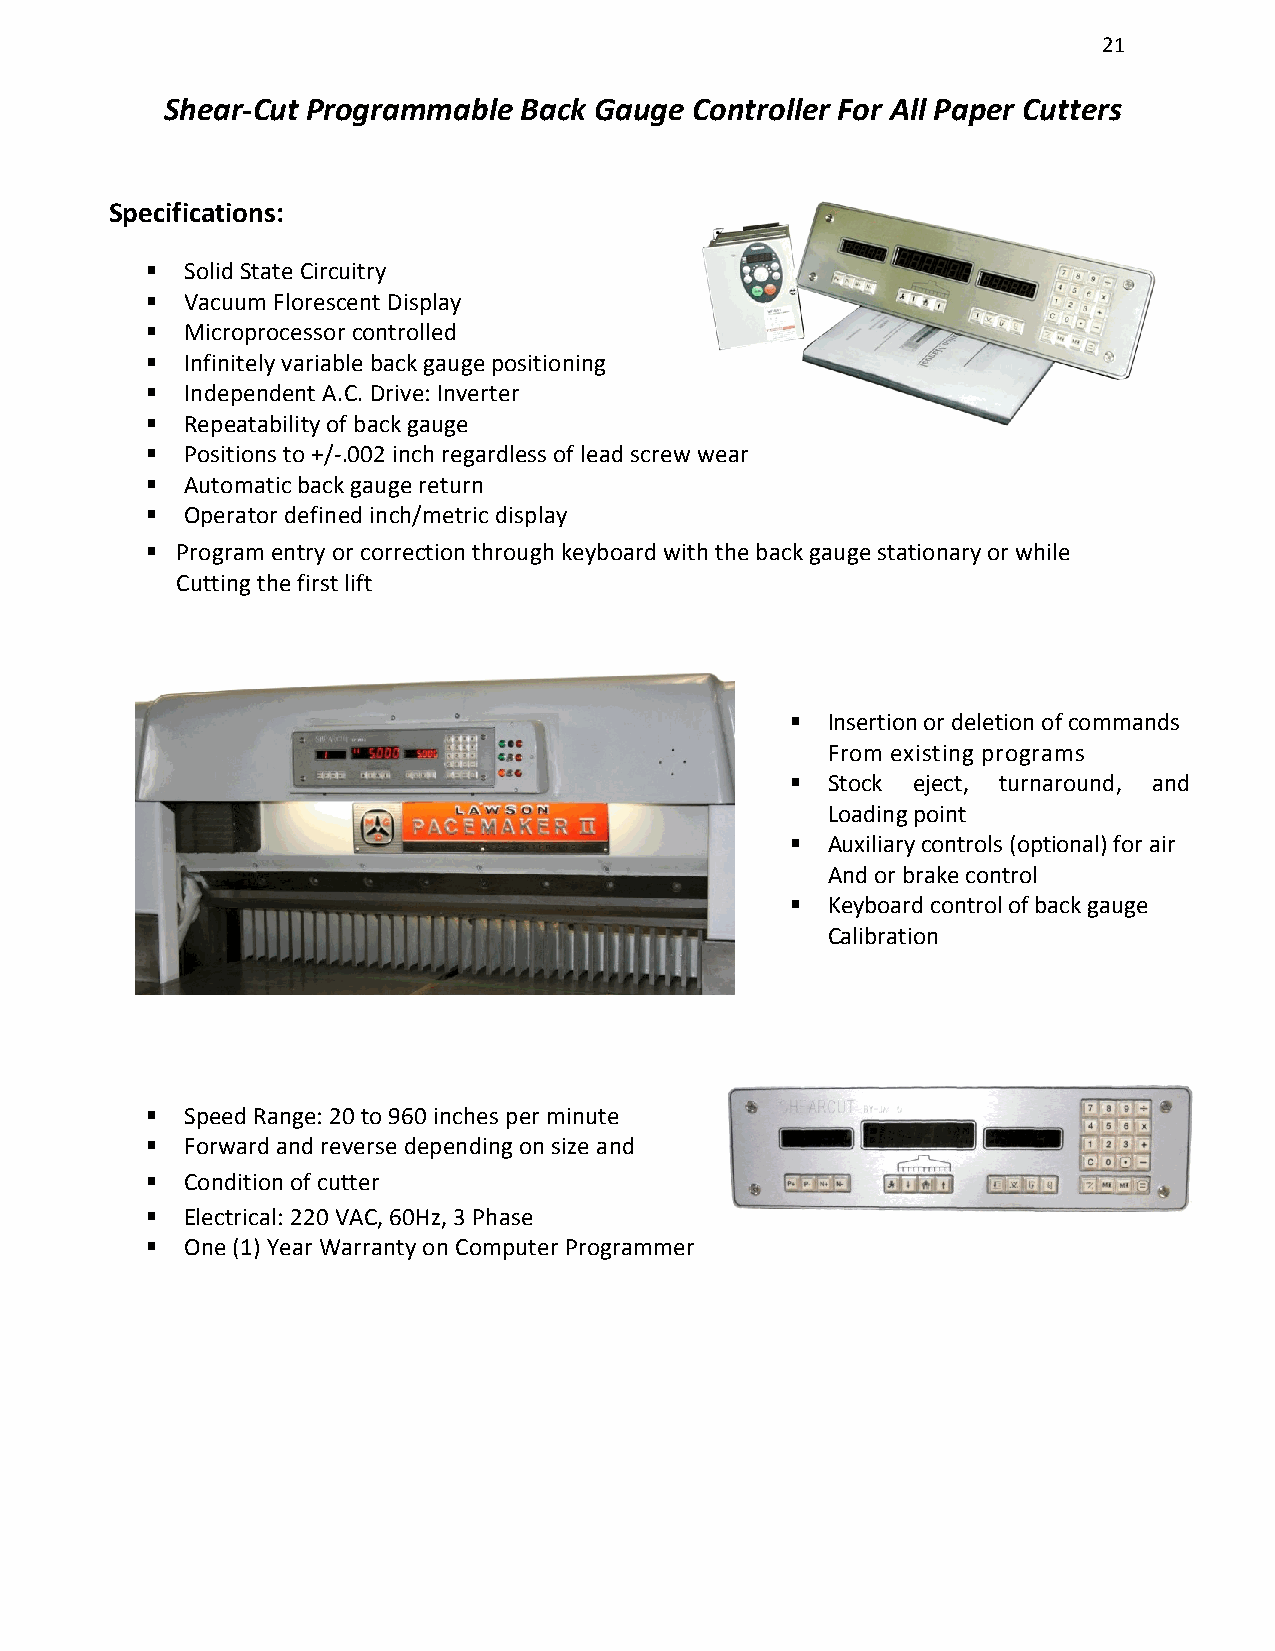
21
 Shear-Cut Programmable  Back Gauge Controller For All Paper Cutters
 Specifications:
  Solid State Circuitry
  Vacuum Florescent Display
  Microprocessor controlled
  Infinitely variable back gauge positioning
  Independent A.C. Drive: Inverter
  Repeatability of back gauge
  Positions to +/-.002 inch regardless of lead screw wear
  Automatic back gauge return
  Operator defined inch/metric display
  Program entry or correction through keyboard with the back gauge stationary or while
 Cutting the first lift
   Insertion or deletion of commands
 From existing programs
   Stock eject, turnaround, and
 Loading point
   Auxiliary controls (optional) for air
 And or brake control
   Keyboard control of back gauge
 Calibration
  Speed Range: 20 to 960 inches per minute
  Forward and reverse depending on size and
  Condition of cutter
  Electrical: 220 VAC, 60Hz, 3 Phase
  One (1) Year Warranty on Computer Programmer